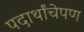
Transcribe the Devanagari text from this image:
पदार्थांचेपण